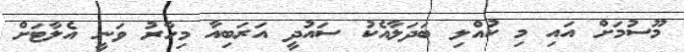
މޫސުމަށް އައި މި ކުއްލި ބަދަލާއެކު ސައުދީ އަރަބިއާ މިހާރު ވަނީ އެލާޓަށް